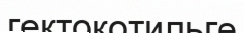
гектокотильге